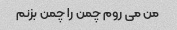
من می روم چمن را چمن بزنم